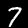
Digit: 7